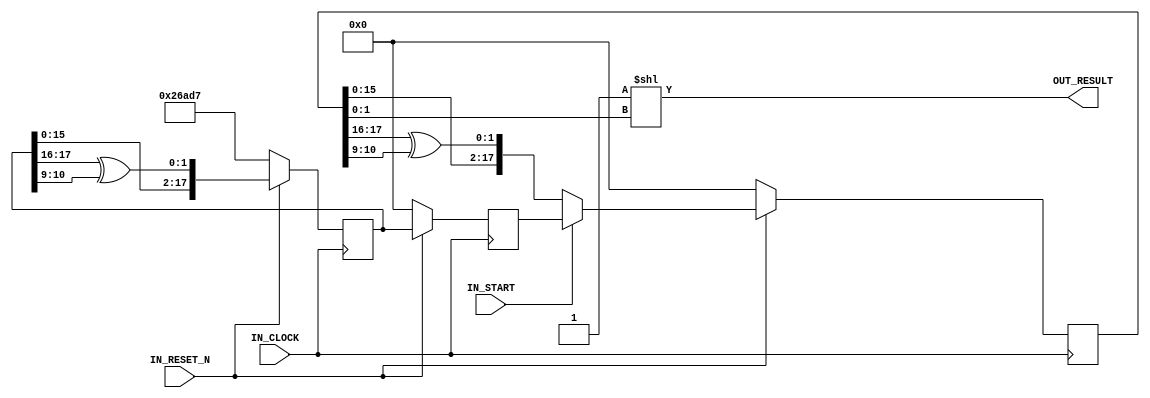
`timescale 1ns / 1ps

/////////////////////////////////////////////// WAR10CK \\\\\\\\\\\\\\\\\\\\\\\\\\\\\\\\\\\\\\\\\\\\\\\\\\\\\\
//                                                                                                          \\
//                                            , ,###*.                                                      \\
//                                       /&@@@@@@@@@@@@@@@@@@&                                              \\
//                                     @@@@%@@@@@@@@@*@@@@@@@@@@@                                           \\
//                                      @@@@(@@@@@@@@&@@@@@@@@@@&*/                                         \\
//                                        @@@@@@@@@@@@@@@@&@@@@*@(@@@                                       \\
//                                          (@@&@@@@,@@@%,@@@@(@&@@@@@,                                     \\
//                                            (@##&@%/@@(@@@@(@@@@@@@@@@                                    \\
//                                             ##@@@@@@@&(%@*@@@@@@@@*@@@@                                  \\
//                                              @@@@@@@@@@@@@(/@@@@&@@@@@@@                                 \\
//                                              @@@@@@@@@@@@@@@@%/(@@@@/@@@@@                               \\
//                                             @(&@@@@@@@@&(@@@@@@/#@(@@@@@@@@                              \\
//                                            @@@@@@@@@@@@@@@@@%@@@@@@@@@&&@@@&                             \\
//                                          @@@@@@@@@@@@@@@@@@@@@*@@@#,@@@@@@# &                            \\
//                                        @@@@@@@@@@@@@@@@@@@@@@@@@@@@/#@@@@@@@@                            \\
//                                       @@@@@@@@@@@@@@@@@@@@@@@@@@@@@@&@@@*@@@@/                           \\
//                                      @@@@@@@@@@@@@@@@@@@@@@@@@@@@@@@&/@@@@@@@@                           \\
//                                      @@@@@@@@@@@@@@@@@@@@@@@@@@@@@@@@@@@@@@@@@                           \\
//                                      (@//@*@@@@@@@@@@@@@@@@@@@@@@@#@@@#@@@@@@@                           \\
//                                     ,@@@@@@/#@@@@@@@@@@@@@@@@@@@@@%@@@@@@@@@@(                           \\
//                                     (@@#@@@@@%*@@@@@@@@@@@@@@@@@@@@@@#,,***//@                           \\
//                                     , @@@#/@@@@##@@@@@@@@@@@@@@@@@@@/&@@@@@@@&                           \\
//                                    ( &@@@@(/@@@@@(@@@@@@@//@@@@@@# ,@@@@@@@@@/                           \\
//                                   .&@@@(%@@@@@@@@@@@@@@(%@@@*@@@@  @@@@@@@@@.                            \\
//                                   @/@@@@@@@@@@@@@@@@@@%/@@@@@@@@@  @@@@@@@@                              \\
//                                   @@@@@@@@@@@@@@@@@@@@@#%@@@@(@%@, *%@@@@@                               \\
//                                  @&@@@@@@@@@@@@@@@@&@@    .&(@@@#@.@@@@@@                                \\
//                                  @%@@@@@@@@@@@@@%@@             &@/,@@@@,                                \\
//                                 &&@@@@@@@@@@@@&@                   @@@&@                                 \\
//                                 @%@@@@@@@@@&&                      &@@@@                                 \\
//                                *%@@@@@@@@#                          @@@@                                 \\
//                                @/@@@@@/                             #@@@                                 \\
//                                 @@*%                                 @@@                                 \\
//                                 @                                     @@*                                \\
//                                                                        @@                                \\
//                                                                         @@                               \\
//                                                                          &                               \\
//                                                                                                          \\
//                                                                                            ,--.          \\
//                    .---.   ,---,       ,-.----.       ,---,    ,----..     ,----..     ,--/  /|          \\
//                   /. ./|  '  .' \      \    /  \   ,`--.' |   /   /   \   /   /   \ ,---,': / '          \\
//               .--'.  ' ; /  ;    '.    ;   :    \ /    /  :  /   .     : |   :     ::   : '/ /           \\
//              /__./ \ : |:  :       \   |   | .\ ::    |.' ' .   /   ;.  \.   |  ;. /|   '   ,            \\
//          .--'.  '   \' .:  |   /\   \  .   : |: |`----':  |.   ;   /  ` ;.   ; /--` '   |  /             \\
//         /___/ \ |    ' '|  :  ' ;.   : |   |  \ :   '   ' ;;   |  ; \ ; |;   | ;    |   ;  ;             \\
//         \   \  \;      :|  |  ;/  \   \|   : .  /   |   | ||   :  | ; | '|   : |    :   '   \            \\
//          \   ;  `      |'  :  | \  \ ,';   | |  \   '   : ;.   |  ' ' ' :.   | '___ |   |    '           \\
//           .   \    .\  ;|  |  '  '--'  |   | ;\  \  |   | ''   ;  \; /  |'   ; : .'|'   : |.  \          \\
//            \   \   ' \ ||  :  :        :   ' | \.'  '   : | \   \  ',  / '   | '/  :|   | '_\.'          \\
//             :   '  |--" |  | ,'        :   : :-'    ;   |.'  ;   :    /  |   :    / '   : |              \\
//              \   \ ;    `--''          |   |.'      '---'     \   \ .'    \   \ .'  ;   |,'              \\
//               '---"                    `---'                   `---`       `---`    '---'                \\
//                                                                                                          \\
//              Module Name      : Randomizer                                                               \\
//              Target Devices   : Target Agnostic                                                          \\
//              Description      : This core generates random 4 Bit values which are powers of 2            \\
//                                                                                                          \\
//                                                                                                          \\
//                                                                                                          \\
//              Update Date      : 07.07.2019                                                               \\
//              Status           : Development                                                              \\
//              Notes            :                                                                          \\
//                                                                                                          \\
//                                                                                                          \\
//                                                                                                          \\
/////////////////////////////////////////////// WAR10CK \\\\\\\\\\\\\\\\\\\\\\\\\\\\\\\\\\\\\\\\\\\\\\\\\\\\\\

module Randomizer
(
  IN_CLOCK,
  IN_RESET_N,
  IN_START,
  OUT_RESULT
);

input                           IN_CLOCK                                                                            ; // Clock
input                           IN_RESET_N                                                                          ; // Active Low Reset
input                           IN_START                                                                            ; // Active Low Reset
output          [3:0]           OUT_RESULT                                                                          ; // Result

// Registers & Wires
reg             [17:0]          counter_r                                                                           ;
reg             [17:0]          seed_r                                                                              ;
reg             [17:0]          current_r                                                                           ;

// Randomizer Logic
always @ (posedge IN_CLOCK) begin
  if (!IN_RESET_N) begin
    counter_r                                       <= 18'b100110101011010111                                       ;
    seed_r                                          <= 18'b000000000000000000                                       ;
    current_r                                       <= 18'b000000000000000000                                       ;
  end
  else begin
    if (IN_START == 1'b1) begin
      counter_r                                     <= {counter_r[15:0], counter_r[17:16] ^ counter_r[10:9]}        ;
      seed_r                                        <= counter_r                                                    ;
      current_r                                     <= seed_r                                                       ;
    end
    else begin
      counter_r                                     <= {counter_r[15:0], counter_r[17:16] ^ counter_r[10:9]}        ;
      seed_r                                        <= counter_r                                                    ;
      current_r                                     <= {current_r[15:0], current_r[17:16] ^ current_r[10:9]}        ;
    end
  end
end

assign OUT_RESULT                                   = 4'b1 << current_r[1:0]                                        ;

endmodule